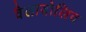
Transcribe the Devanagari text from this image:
वैलादोलिद